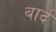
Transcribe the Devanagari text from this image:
बार्द